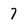
Character: 7